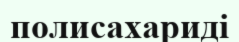
полисахариді